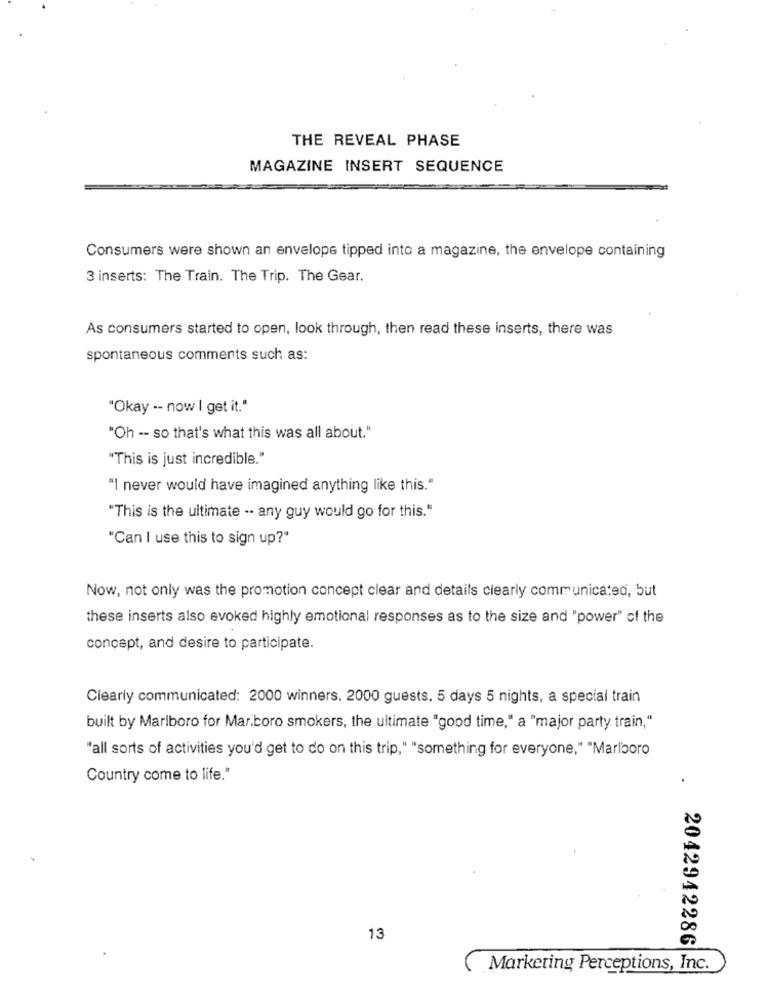
THE REVEAL PHASE
MAGAZINE INSERT SEQUENCE
Consumers were shown an envelope tipped into a magazine, the envelope containing
3 inserts: The Train. The Trip. The Gear.
As consumers started to open, look through, then read these inserts, there was
spontaneous comments such as:
"Okay -- now I get it."
"Oh -- so that's what this was all about."
"This is just incredible."
"I never would have imagined anything like this."
"This is the ultimate .- any guy would go for this."
"Can I use this to sign up?"
Now, not only was the promotion concept clear and details clearly communicated, but
these inserts also evoked highly emotional responses as to the size and "power" of the
concept, and desire to participate.
Clearly communicated: 2000 winners, 2000 guests. 5 days 5 nights, a special train
built by Marlboro for Mar.boro smokers, the ultimate "good time," a "major party train,"
"all sorts of activities you'd get to do on this trip," "something for everyone," "Marlboro
Country come to life."
13
2042942286
Marketing Perceptions, Inc.